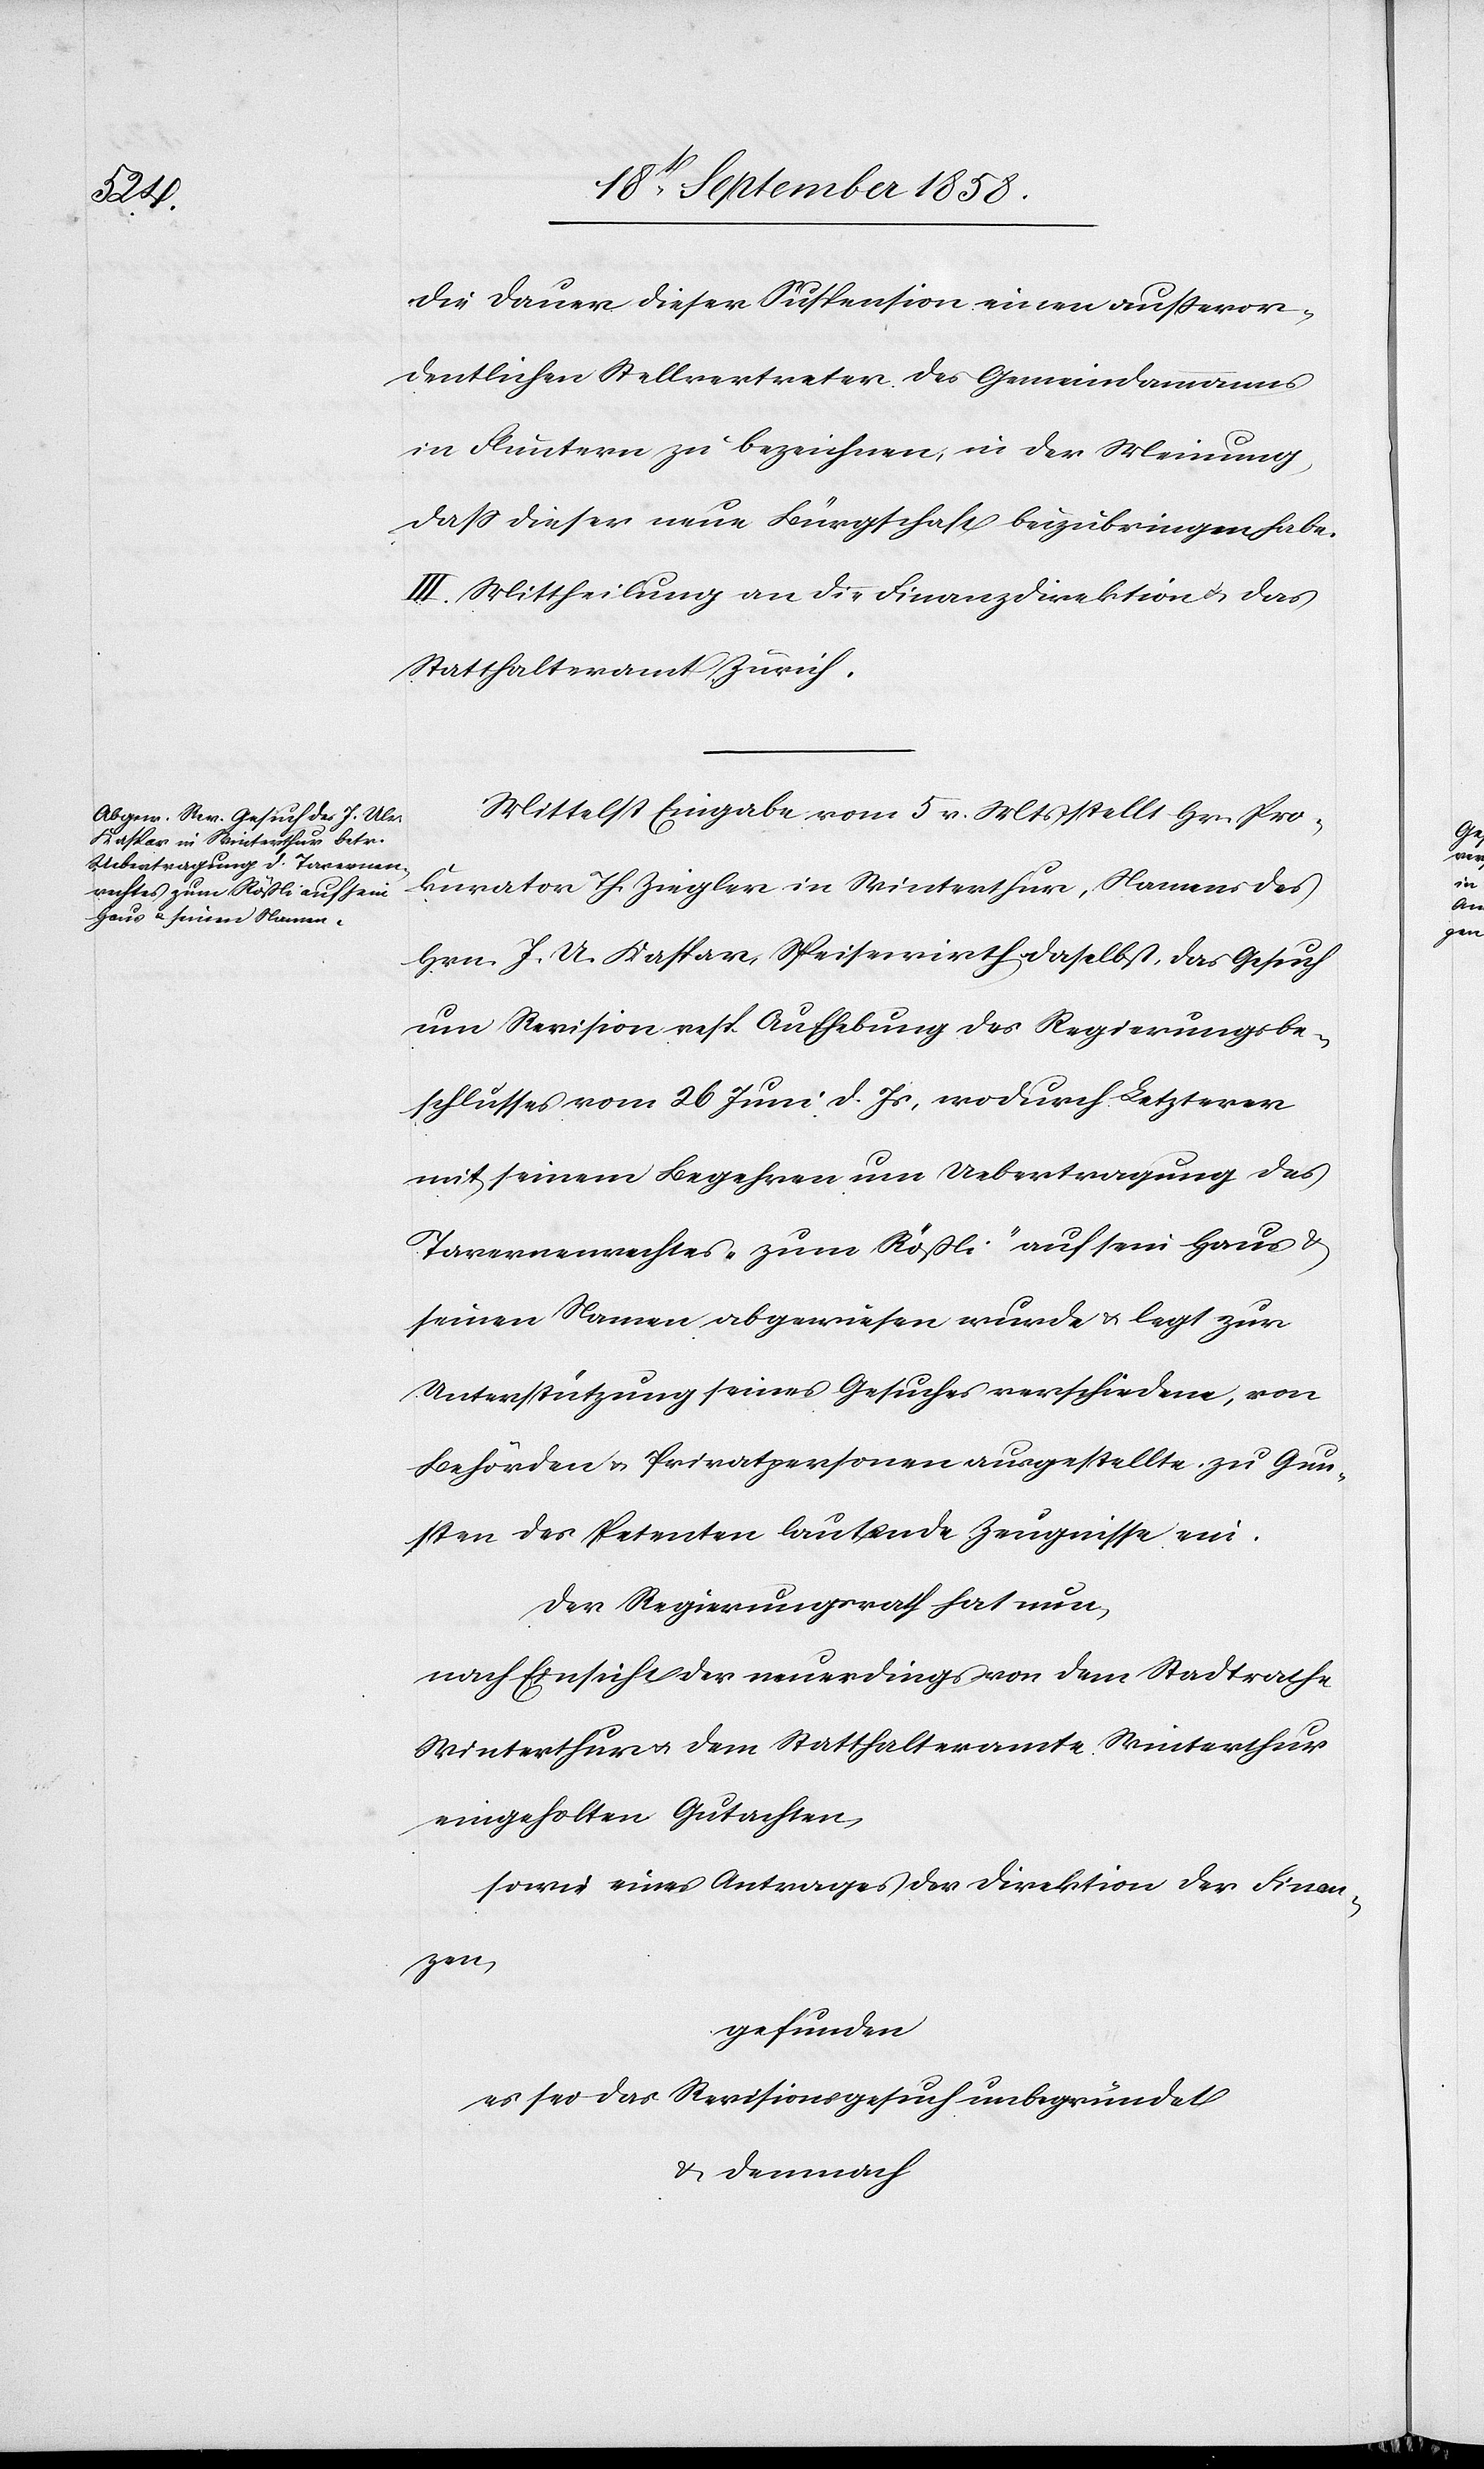
die Dauer dieser Suspension einen außeror¬
dentlichen Stellvertreter des Gemeindammanns
in Fluntern zu bezeichnen, in der Meinung,
dass dieser neue Bürgschaft beizubringen habe.
III. Mittheilung an die Finanzdirektion & das
Statthalteramt Zürich.
Mittelst Eingabe vom 5 v. Mts stellt Hr. Pro¬
kurator Th. Ziegler in Winterthur, Namens des
Hrn. J. U. Kaspar, Speisewirth daselbst, das Gesuch
um Revision resp. Aufhebung des Regierungsbe¬
schlusses vom 26 Juni d. Js, wodurch Letzterer
mit seinem Begehren um Uebertragung des
Tavernenrechtes „zum Rößli“ auf sein Haus &
seinen Namen abgewiesen wurde & legt zur
Unterstützung seines Gesuches verschiedene, von
Behörden & Privatpersonen ausgestellte, zu Gun¬
sten des Petenten lautende Zeugnisse ein.
Der Regierungsrath hat nun,
nach Einsicht der neuerdings von dem Stadtrathe
Winterthur & dem Statthalteramte Winterthur
eingeholten Gutachten,
sowie eines Antrages der Direktion der Finan¬
zen,
gefunden
es sei das Revisionsgesuch unbegründet
& demnach